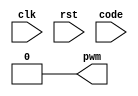
module sigma_delta_dac #(
    parameter CODE_WIDTH = 10
)(
    input clk,
    input rst,
    input [CODE_WIDTH-1:0] code,
    output pwm
);
    // Remove this line once you have implemented this module
    assign pwm = 0;
endmodule